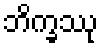
ဘိက္ခဿု